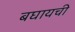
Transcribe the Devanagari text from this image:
बघायची